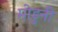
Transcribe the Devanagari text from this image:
मोडुनी